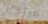
فيرجيل